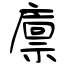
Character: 廪